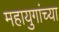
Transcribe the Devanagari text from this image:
महायुगांच्या